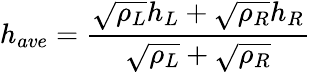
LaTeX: h_{ave}=\frac{\sqrt{\rho_{L}}h_{L}+\sqrt{\rho_{R}}h_{R}}{\sqrt{\rho_{L}}+\sqrt{\rho_{R}}}